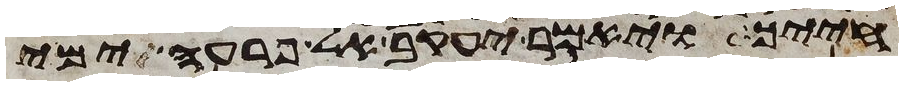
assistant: חייך ויאמר יעקב אל פרעה ימי